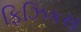
ફિઝિકસ